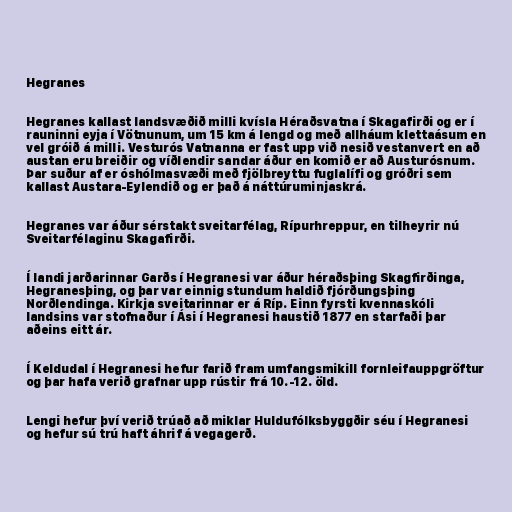
Hegranes

Hegranes kallast landsvæðið milli kvísla Héraðsvatna í Skagafirði og er í
rauninni eyja í Vötnunum, um 15 km á lengd og með allháum klettaásum en
vel gróið á milli. Vesturós Vatnanna er fast upp við nesið vestanvert en að
austan eru breiðir og víðlendir sandar áður en komið er að Austurósnum.
Þar suður af er óshólmasvæði með fjölbreyttu fuglalífi og gróðri sem
kallast Austara-Eylendið og er það á náttúruminjaskrá.

Hegranes var áður sérstakt sveitarfélag, Rípurhreppur, en tilheyrir nú
Sveitarfélaginu Skagafirði.

Í landi jarðarinnar Garðs í Hegranesi var áður héraðsþing Skagfirðinga,
Hegranesþing, og þar var einnig stundum haldið fjórðungsþing
Norðlendinga. Kirkja sveitarinnar er á Ríp. Einn fyrsti kvennaskóli
landsins var stofnaður í Ási í Hegranesi haustið 1877 en starfaði þar
aðeins eitt ár.

Í Keldudal í Hegranesi hefur farið fram umfangsmikill fornleifauppgröftur
og þar hafa verið grafnar upp rústir frá 10.-12. öld.

Lengi hefur því verið trúað að miklar Huldufólksbyggðir séu í Hegranesi
og hefur sú trú haft áhrif á vegagerð.